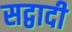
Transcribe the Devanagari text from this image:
सद्वादी